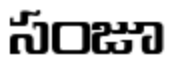
సంజూ